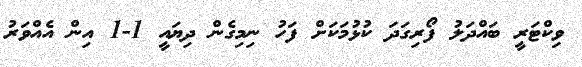
ވިކްޓަރީ ބައްދަލު ފޯރިގަދަ ކުޅުމަކަށް ފަހު ނިމިގެން ދިޔައީ 1-1 އިން އެއްވަރު